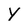
Character: Y